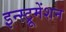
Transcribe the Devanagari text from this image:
इन्‍स्ट्रूमेंशन